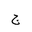
Letter: _gim